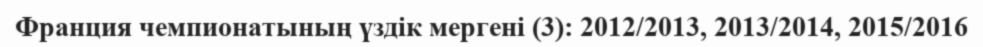
Франция чемпионатының үздік мергені (3): 2012/2013, 2013/2014, 2015/2016